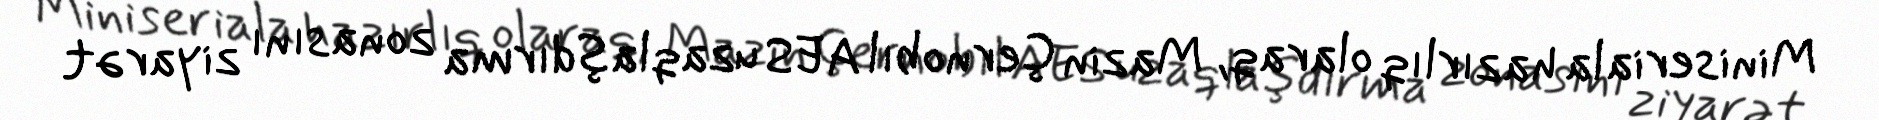
Miniseriala hazırlıq olaraq, Mazin Çernobıl AES uzaqlaşdırma zonasını ziyarət